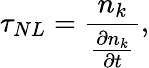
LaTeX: \tau_{NL}=\frac{n_{k}}{\frac{\partial n_{k}}{\partial t}},